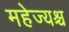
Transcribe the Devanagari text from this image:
महेज्यश्च